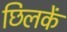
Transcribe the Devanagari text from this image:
छिलकें